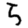
Digit: 5